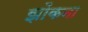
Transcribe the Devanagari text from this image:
झोंकना